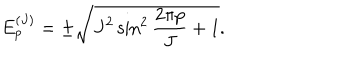
E _ { p } ^ { ( J ) } = \pm \sqrt { J ^ { 2 } \sin ^ { 2 } \frac { 2 \pi p } { J } + 1 } .